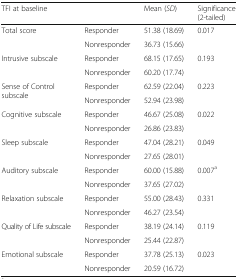
| <COLSPAN=2> TFI at baseline | Mean (SD) | Significance (2-tailed) |
 | --- | --- | --- | --- |
 | <ROWSPAN=2> Total score | Responder | 51.38 (18.69) | 0.017 |
 | Nonresponder | 36.73 (15.66) |  |
 | <ROWSPAN=2> Intrusive subscale | Responder | 68.15 (17.65) | 0.193 |
 | Nonresponder | 60.20 (17.74) |  |
 | <ROWSPAN=2> Sense of Control subscale | Responder | 62.59 (22.04) | 0.223 |
 | Nonresponder | 52.94 (23.98) |  |
 | <ROWSPAN=2> Cognitive subscale | Responder | 46.67 (25.08) | 0.022 |
 | Nonresponder | 26.86 (23.83) |  |
 | <ROWSPAN=2> Sleep subscale | Responder | 47.04 (28.21) | 0.049 |
 | Nonresponder | 27.65 (28.01) |  |
 | <ROWSPAN=2> Auditory subscale | Responder | 60.00 (15.88) | 0.007a |
 | Nonresponder | 37.65 (27.02) |  |
 | <ROWSPAN=2> Relaxation subscale | Responder | 55.00 (28.43) | 0.331 |
 | Nonresponder | 46.27 (23.54) |  |
 | <ROWSPAN=2> Quality of Life subscale | Responder | 38.19 (24.14) | 0.119 |
 | Nonresponder | 25.44 (22.87) |  |
 | <ROWSPAN=2> Emotional subscale | Responder | 37.78 (25.13) | 0.023 |
 | Nonresponder | 20.59 (16.72) |  |